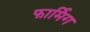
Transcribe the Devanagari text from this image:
फार्मिग